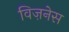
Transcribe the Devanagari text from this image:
विज़नेस